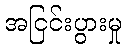
အငြင်းပွားမှု